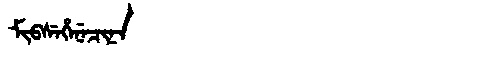
Manchu: ᠮᡳᠪᠰᡝᡥᡝᠨᡝᠴᡳᠨᠠ
Romanization: MIBSEHENECINA